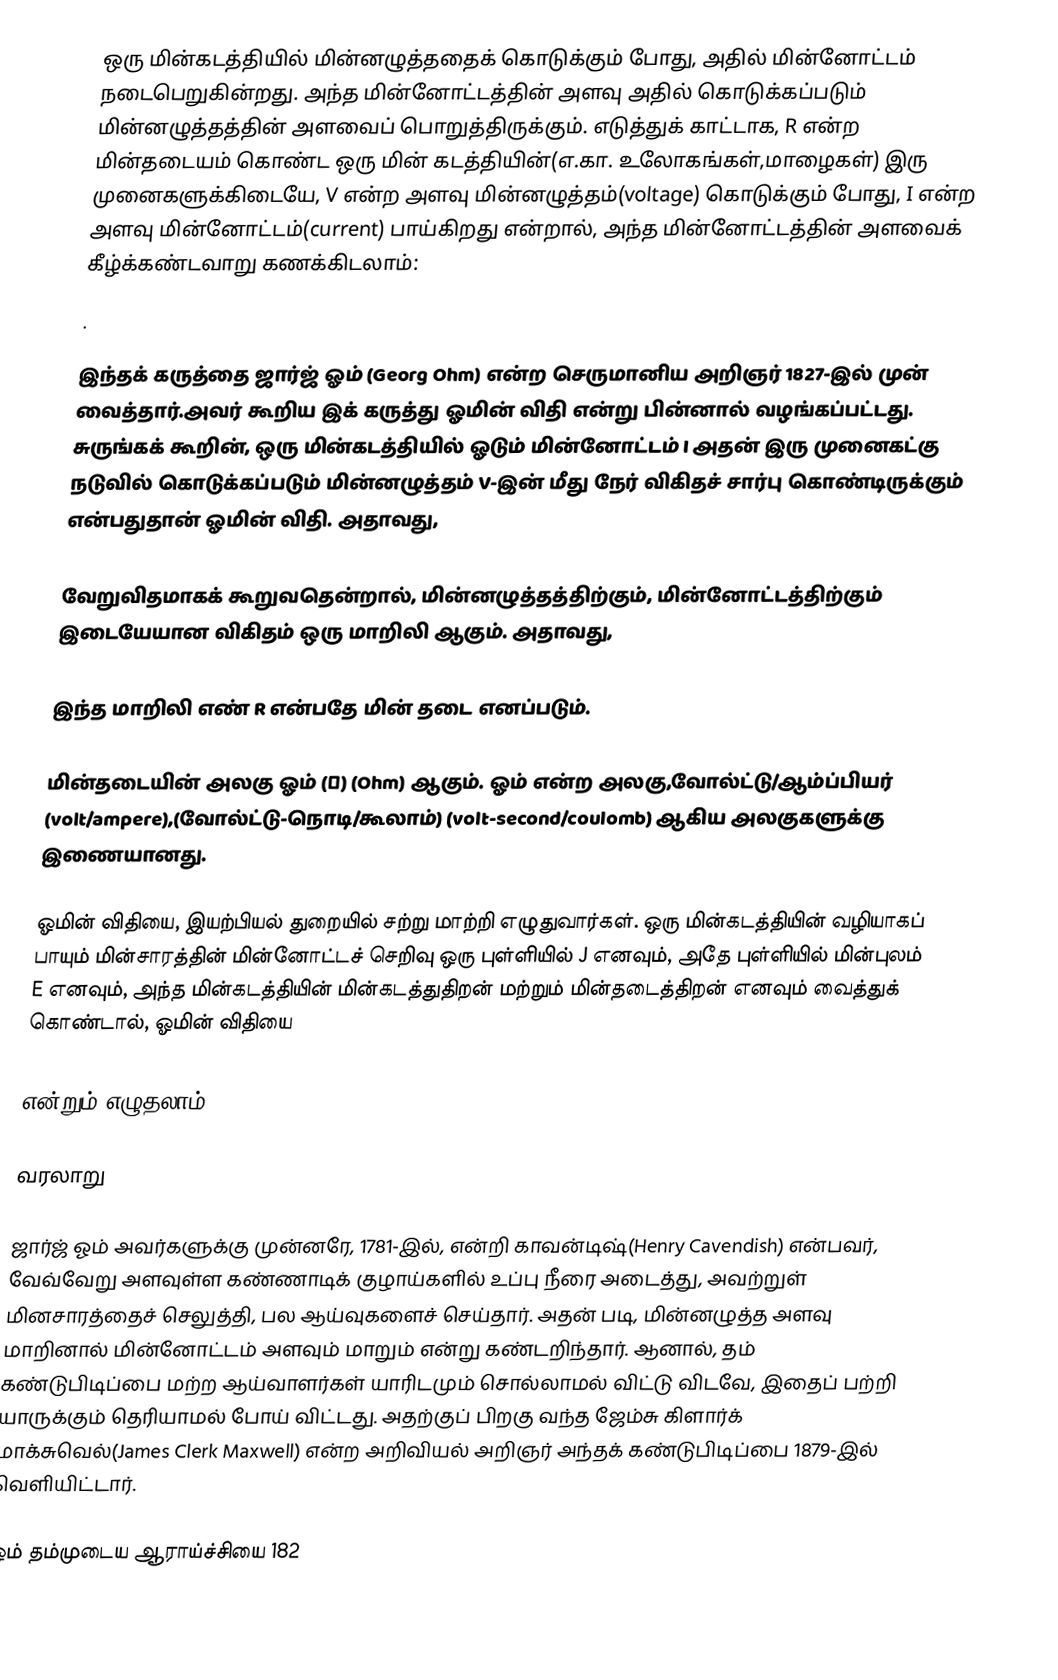
ஒரு மின்கடத்தியில்  மின்னழுத்ததைக் கொடுக்கும் போது, அதில் மின்னோட்டம் நடைபெறுகின்றது. அந்த மின்னோட்டத்தின் அளவு அதில் கொடுக்கப்படும் மின்னழுத்தத்தின் அளவைப்  பொறுத்திருக்கும். எடுத்துக் காட்டாக, R  என்ற மின்தடையம் கொண்ட ஒரு மின் கடத்தியின்(எ.கா. உலோகங்கள்,மாழைகள்) இரு முனைகளுக்கிடையே, V என்ற அளவு மின்னழுத்தம்(voltage) கொடுக்கும் போது, I  என்ற அளவு மின்னோட்டம்(current) பாய்கிறது என்றால், அந்த மின்னோட்டத்தின் அளவைக்  கீழ்க்கண்டவாறு கணக்கிடலாம்:
.

இந்தக் கருத்தை ஜார்ஜ் ஓம் (Georg Ohm) என்ற செருமானிய அறிஞர் 1827-இல் முன் வைத்தார்.அவர் கூறிய இக் கருத்து ஓமின் விதி என்று பின்னால் வழங்கப்பட்டது.  சுருங்கக் கூறின், ஒரு மின்கடத்தியில் ஓடும் மின்னோட்டம் I அதன் இரு முனைகட்கு நடுவில் கொடுக்கப்படும் மின்னழுத்தம் V-இன் மீது நேர் விகிதச் சார்பு கொண்டிருக்கும் என்பதுதான் ஓமின் விதி. அதாவது,

வேறுவிதமாகக் கூறுவதென்றால்,   மின்னழுத்தத்திற்கும், மின்னோட்டத்திற்கும் இடையேயான விகிதம் ஒரு மாறிலி ஆகும். அதாவது,

இந்த மாறிலி எண் R  என்பதே மின் தடை எனப்படும்.

மின்தடையின் அலகு ஓம் (Ω) (Ohm) ஆகும். ஓம் என்ற  அலகு,வோல்ட்டு/ஆம்ப்பியர் (volt/ampere),(வோல்ட்டு-நொடி/கூலாம்) (volt-second/coulomb) ஆகிய அலகுகளுக்கு இணையானது.

ஓமின் விதியை, இயற்பியல் துறையில் சற்று மாற்றி எழுதுவார்கள். ஒரு மின்கடத்தியின் வழியாகப் பாயும் மின்சாரத்தின் மின்னோட்டச் செறிவு ஒரு புள்ளியில் J எனவும், அதே  புள்ளியில் மின்புலம்  E எனவும், அந்த மின்கடத்தியின் மின்கடத்துதிறன் மற்றும் மின்தடைத்திறன்   எனவும் வைத்துக் கொண்டால், ஓமின் விதியை

என்றும் எழுதலாம்.

வரலாறு

ஜார்ஜ் ஓம்  அவர்களுக்கு முன்னரே, 1781-இல், என்றி காவன்டிஷ்(Henry Cavendish) என்பவர், வேவ்வேறு அளவுள்ள  கண்ணாடிக் குழாய்களில் உப்பு நீரை அடைத்து, அவற்றுள் மினசாரத்தைச் செலுத்தி, பல ஆய்வுகளைச் செய்தார். அதன் படி, மின்னழுத்த அளவு மாறினால் மின்னோட்டம் அளவும் மாறும் என்று கண்டறிந்தார். ஆனால், தம்  கண்டுபிடிப்பை மற்ற ஆய்வாளர்கள் யாரிடமும் சொல்லாமல் விட்டு விடவே, இதைப் பற்றி யாருக்கும் தெரியாமல் போய் விட்டது.  அதற்குப் பிறகு வந்த ஜேம்சு கிளார்க் மாக்சுவெல்(James Clerk Maxwell) என்ற அறிவியல் அறிஞர் அந்தக் கண்டுபிடிப்பை 1879-இல் வெளியிட்டார்.

ஓம் தம்முடைய  ஆராய்ச்சியை 182